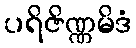
ပရိဇိဏ္ဏမိဒံ